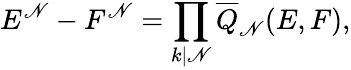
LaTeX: E^{\mathscr{N}}-F^{\mathscr{N}}=\prod_{k\mid\mathscr{N}}{\overline{{{Q}}}}_{\mathscr{N}}(E,F),